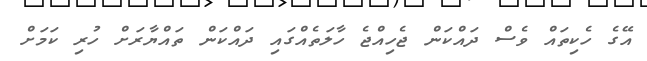
އޭގެ ހެކިތައް ވެސް ދައްކަން ޖެހިއްޖެ ހާލަތެއްގައި ދައްކަން ތައްޔާރަށް ހުރި ކަމަށް